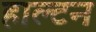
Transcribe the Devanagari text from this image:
हाल्टन